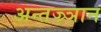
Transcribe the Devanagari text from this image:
अन्तज्र्ञान